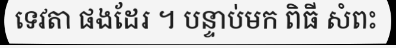
ទេវតា ផងដែរ ។ បន្ទាប់មក ពិធី សំពះ